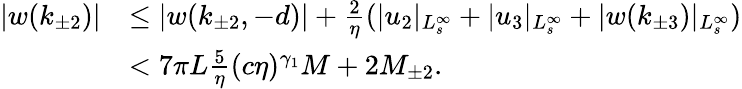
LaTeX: \begin{array}{rl}{\vert w(k_{\pm 2})\vert}&{\le\vert w(k_{\pm 2},-d)\vert+\frac 2\eta(\vert u_{2}\vert_{L_{s}^{\infty}}+\vert u_{3}\vert_{L_{s}^{\infty}}+\vert w(k_{\pm 3})\vert_{L_{s}^{\infty}})}\\ &{<7\pi L\frac 5\eta(c\eta)^{\gamma_{1}}M+2M_{\pm 2}.}\end{array}